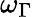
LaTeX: \omega_{\Gamma}